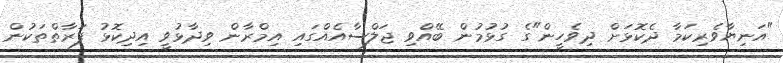
"އަނިޔާވެރިކަމާ ދެކޮޅަށް ދިވެހީން"ގެ ގުޅުމުން ބޭއްވި ޖަލްސާއެއްގައި އިމްރާން ވިދާޅުވީ އިދިކޮޅު ފަރާތްތަކުން